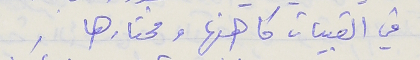
في القبيات كاهنها ومختارها